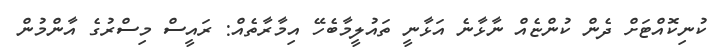
ކުނިކޮއްޓަށް ދެން ކުންޏެއް ނާޅާނެ އަޅާނީ ތައުލީމާބެހޭ އިމާރާތެއް: ރައީސް މިސްރުގެ އާންމުން